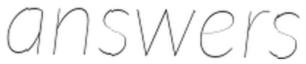
answers